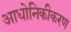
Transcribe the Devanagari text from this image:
आधोनिकीकरण